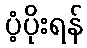
ပံ့ပိုးရန်